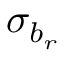
\sigma _ { b _ { r } }